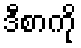
ဒီစာကို